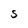
Character: S